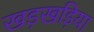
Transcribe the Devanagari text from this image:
खड़खड़िया